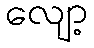
လျော့